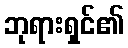
ဘုရားရှင်၏